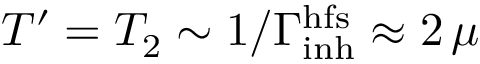
T ^ { \prime } = T _ { 2 } \sim 1 / \Gamma _ { \mathrm { i n h } } ^ { \mathrm { h f s } } \approx 2 \, \mu